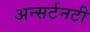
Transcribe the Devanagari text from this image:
अन्सर्टनटी